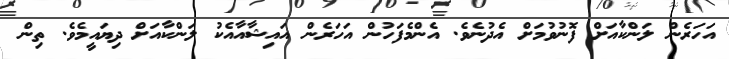
އަހަރެން ލަންކާއަށް ފޮނުވުމަށް އެދުނެވެ. އެންމެފަހުން އަހަރެން އައިޝާއާއެކު ލަންކާއަށް ދިޔައީމެވެ. ތިން